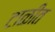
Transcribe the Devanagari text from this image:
टाळीत